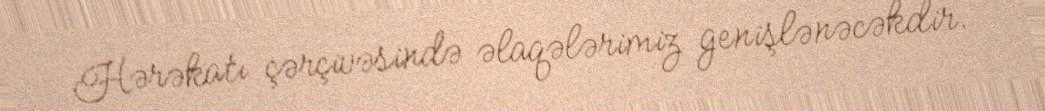
Hərəkatı çərçivəsində əlaqələrimiz genişlənəcəkdir.